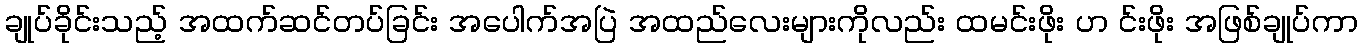
ချုပ်ခိုင်းသည့် အထက်ဆင်တပ်ခြင်း အပေါက်အပြဲ အထည်လေးများကိုလည်း ထမင်းဖိုး ဟ င်းဖိုး အဖြစ်ချုပ်ကာ